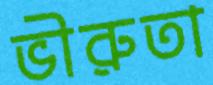
ভীরুতা